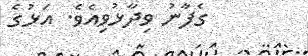
ގެފާނު ވިދާޅުވިއެވެ. އަޅުގެ